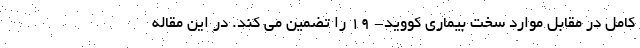
کامل در مقابل موارد سخت بیماری کووید- ۱۹ را تضمین می کند. در این مقاله